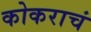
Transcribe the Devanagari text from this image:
कोकराचं